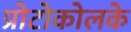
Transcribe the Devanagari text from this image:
प्रोटोकोलके